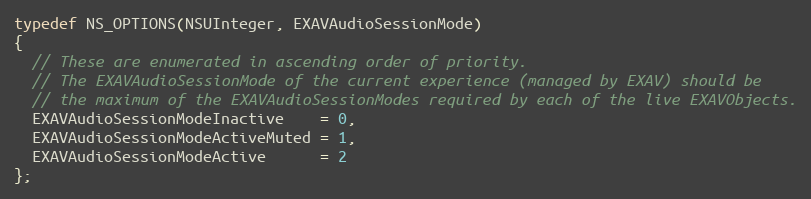
Language: C
typedef NS_OPTIONS(NSUInteger, EXAVAudioSessionMode)
{
  // These are enumerated in ascending order of priority.
  // The EXAVAudioSessionMode of the current experience (managed by EXAV) should be
  // the maximum of the EXAVAudioSessionModes required by each of the live EXAVObjects.
  EXAVAudioSessionModeInactive    = 0,
  EXAVAudioSessionModeActiveMuted = 1,
  EXAVAudioSessionModeActive      = 2
};